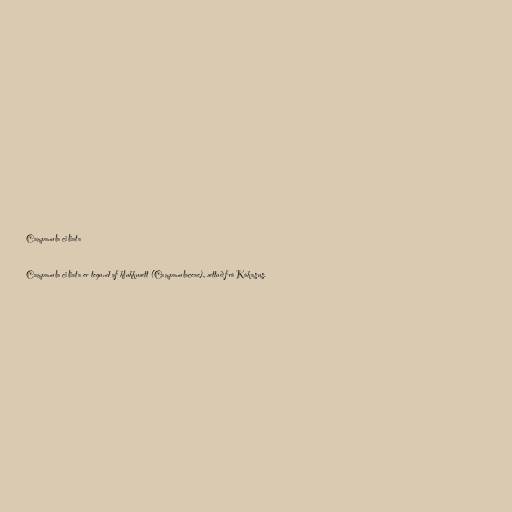
Campanula ciliata

Campanula ciliata er tegund af klukkuætt (Campanulaceae), ættuð frá Kákasus.